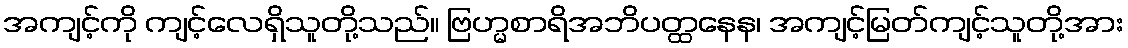
အကျင့်ကို ကျင့်လေရှိသူတို့သည်။ ဗြဟ္မစာရိအဘိပတ္ထနေန၊ အကျင့်မြတ်ကျင့်သူတို့အား